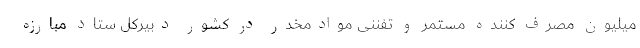
میلیون مصرف کننده مستمر و تفننی موادمخدر در کشور دبیرکل ستاد مبارزه